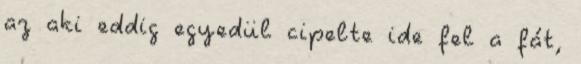
az aki eddig egyedül cipelte ide fel a fát,